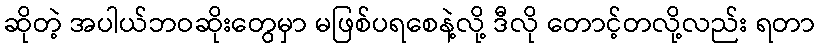
ဆိုတဲ့ အပါယ်ဘဝဆိုးတွေမှာ မဖြစ်ပရစေနဲ့လို့ ဒီလို တောင့်တလို့လည်း ရတာ